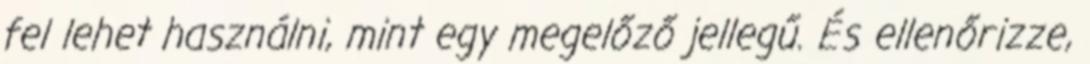
fel lehet használni, mint egy megelőző jellegű. És ellenőrizze,